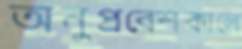
অনুপ্রবেশকালে